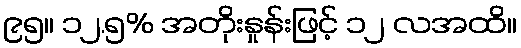
၉၅။ ၁၂.၅% အတိုးနှုန်းဖြင့် ၁၂ လအထိ။